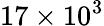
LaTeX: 17\times 10^{3}